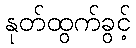
နုတ်ထွက်ခွင့်